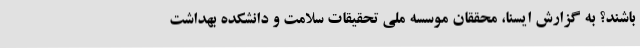
باشند؟ به گزارش ایسنا، محققان موسسه ملی تحقیقات سلامت و دانشکده بهداشت